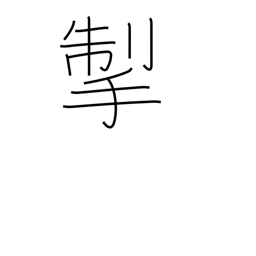
Meaning: pull back